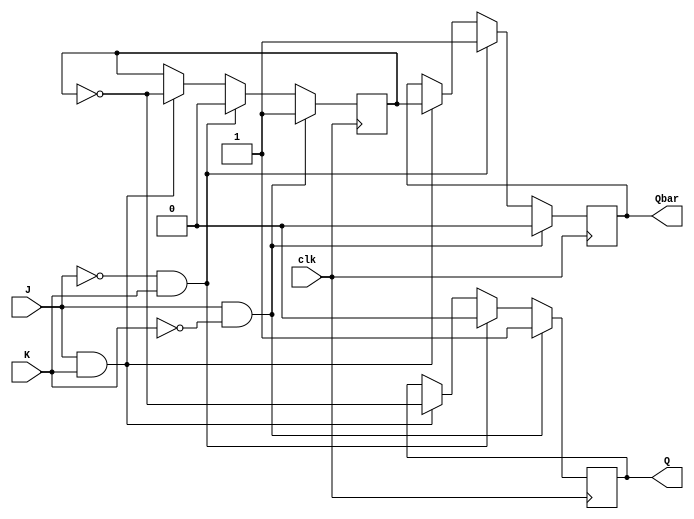
module jk_latch(
    input wire clk,
    input wire J,
    input wire K,
    output reg Q,
    output reg Qbar
    );

    reg state;

    always @(posedge clk) begin
        if (J & ~K)
            begin
                Q <= 1'b1;
                Qbar <= 1'b0;
                state <= 1'b1;
            end
        else if (~J & K)
            begin
                Q <= 1'b0;
                Qbar <= 1'b1;
                state <= 1'b0;
            end
        else if (J & K)
            begin
                Q <= ~state;
                Qbar <= state;
                state <= ~state;
            end
    end

endmodule